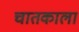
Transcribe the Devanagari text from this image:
चातकाला